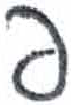
אות: פ